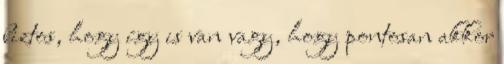
biztos, hogy így is van vagy, hogy pontosan akkor